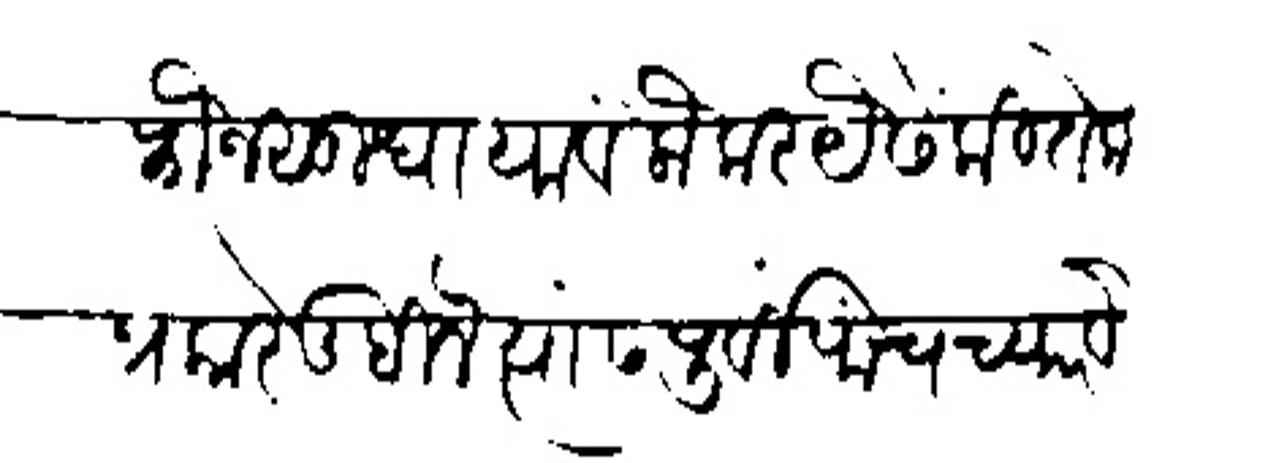
Transliteration (Devanagari): फौजसुधा यावें लौकर यैसें कितेक प्रकारें लिहिले त्यांस पूर्वी पांच च्यार वे